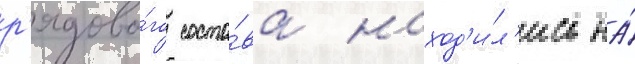
р'ядово́го соста́ва наход'и́л'ись на́